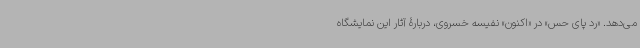
می‌دهد. «رد پای حس» در «اکنون» نفیسه خسروی، دربارۀ آثار این نمایشگاه